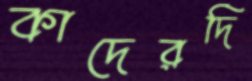
কাদেরদি